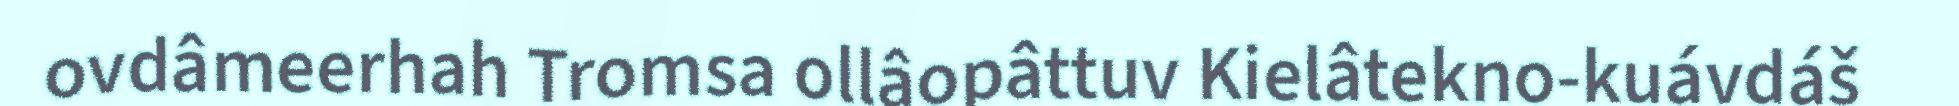
ovdâmeerhah Tromsa ollâopâttuv Kielâtekno-kuávdáš